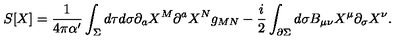
S [ X ] = \frac { 1 } { 4 \pi \alpha ^ { \prime } } \int _ { \Sigma } d \tau d \sigma \partial _ { a } X ^ { M } \partial ^ { a } X ^ { N } g _ { M N } - \frac { i } { 2 } \int _ { \partial \Sigma } d \sigma B _ { \mu \nu } X ^ { \mu } \partial _ { \sigma } X ^ { \nu } .